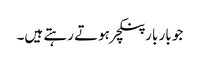
جو بار بار پنکچر ہوتے رہتے ہیں۔